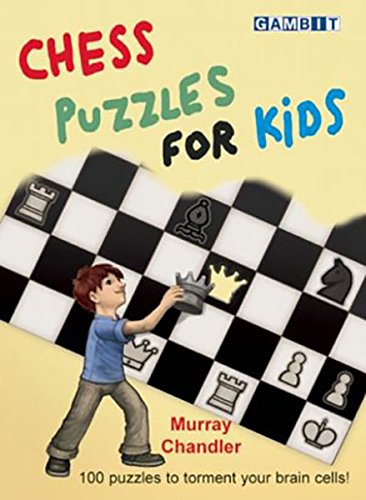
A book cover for Chess Puzzles for Kids; Murray Chandler; Humor & Entertainment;